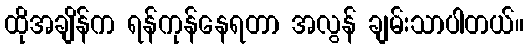
ထိုအချိန်က ရန်ကုန်နေရတာ အလွန် ချမ်းသာပါတယ်။